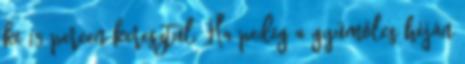
ki 15 percen keresztül. Ha pedig a gyümölcs héján